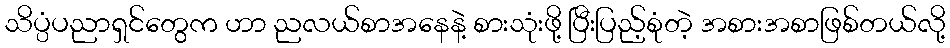
သိပ္ပံပညာရှင်တွေက ဟာ ညလယ်စာအနေနဲ့ စားသုံးဖို့ ပြီးပြည့်စုံတဲ့ အစားအစာဖြစ်တယ်လို့